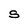
Character: S